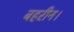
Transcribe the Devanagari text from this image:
बहरीन।